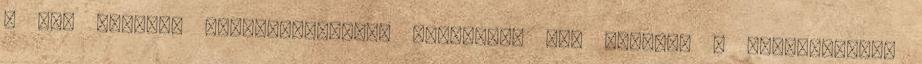
A mai fejlett vezetéstámogató funkciók, így például a sávtartáshoz